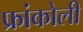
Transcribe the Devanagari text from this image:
फ्रांकोली